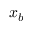
x _ { b }